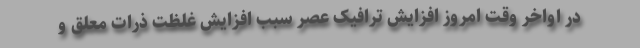
در اواخر وقت امروز افزایش ترافیک عصر سبب افزایش غلظت ذرات معلق و